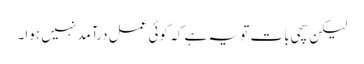
لیکن سچی بات تو یہ ہے کہ کوئی عمل درآمد نہیں ہوا۔